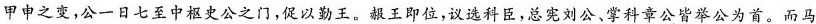
甲申之变，公一日七至中枢史公之门，促以勤王。赧王即位，议选科臣，总宪刘公、掌科章公皆举公为首。而马